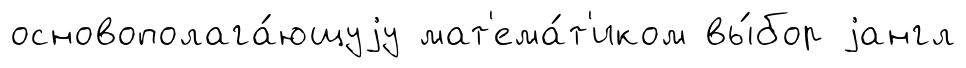
основополага́ющуjу мат'ема́т'иком вы́бор jангл